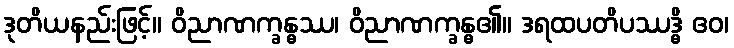
ဒုတိယနည်းဖြင့်။ ဝိညာဏက္ခန္ဓဿ၊ ဝိညာဏက္ခန္ဓ၏။ ဒရထပတိပဿဒ္ဓိ ဧဝ၊